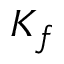
K _ { f }